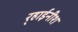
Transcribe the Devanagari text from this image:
र्‍हाईनीश